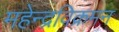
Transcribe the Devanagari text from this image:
महेन्द्रविक्रमन